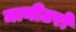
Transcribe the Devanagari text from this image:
मानीटरों